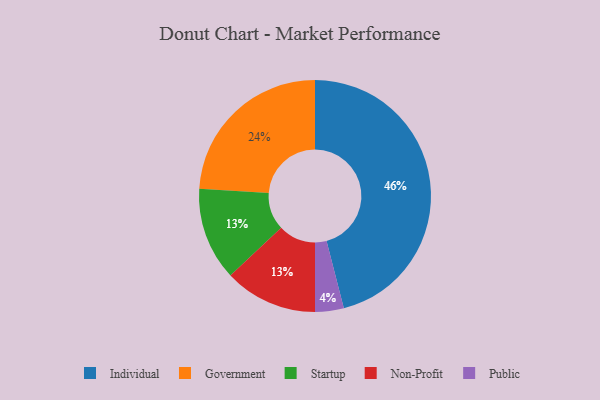
{"axis": {"x": "Category", "y": "Percentage"}, "legend": ["Government", "Individual", "Non-Profit", "Public", "Startup"], "data": [{"x": "Public", "y": 4, "type": "Public"}, {"x": "Individual", "y": 46, "type": "Individual"}, {"x": "Startup", "y": 13, "type": "Startup"}, {"x": "Government", "y": 24, "type": "Government"}, {"x": "Non-Profit", "y": 13, "type": "Non-Profit"}]}